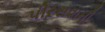
પીરસવાની